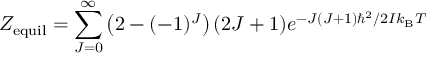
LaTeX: Z _ { \mathrm { e q u i l } } = \sum _ { J = 0 } ^ { \infty } { \left( 2 - ( - 1 ) ^ { J } \right) ( 2 J + 1 ) e ^ { { - J ( J + 1 ) \hbar ^ { 2 } } / { 2 I k _ { \mathrm { B } } T } \; } }